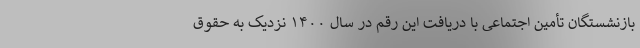
بازنشستگان تأمین اجتماعی با دریافت این رقم در سال ۱۴۰۰ نزدیک به حقوق